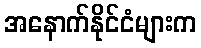
အနောက်နိုင်ငံများက